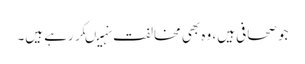
جو صحافی ہیں، وہ بھی مخالفت نہیںکر رہے ہیں۔